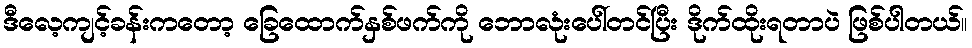
ဒီလေ့ကျင့်ခန်းကတော့ ခြေထောက်နှစ်ဖက်ကို ဘောလုံးပေါ်တင်ပြီး ဒိုက်ထိုးရတာပဲ ဖြစ်ပါတယ်။